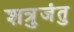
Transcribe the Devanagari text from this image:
शत्रुजंतु